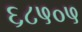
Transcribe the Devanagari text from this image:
६८५०५